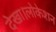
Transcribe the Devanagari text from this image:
देखा।लोकेशन